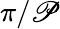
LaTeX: \pi/\mathscr{P}